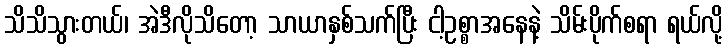
သိသိသွားတယ်၊ အဲဒီလိုသိတော့ သာယာနှစ်သက်ပြီး ငါ့ဥစ္စာအနေနဲ့ သိမ်းပိုက်စရာ ရယ်လို့